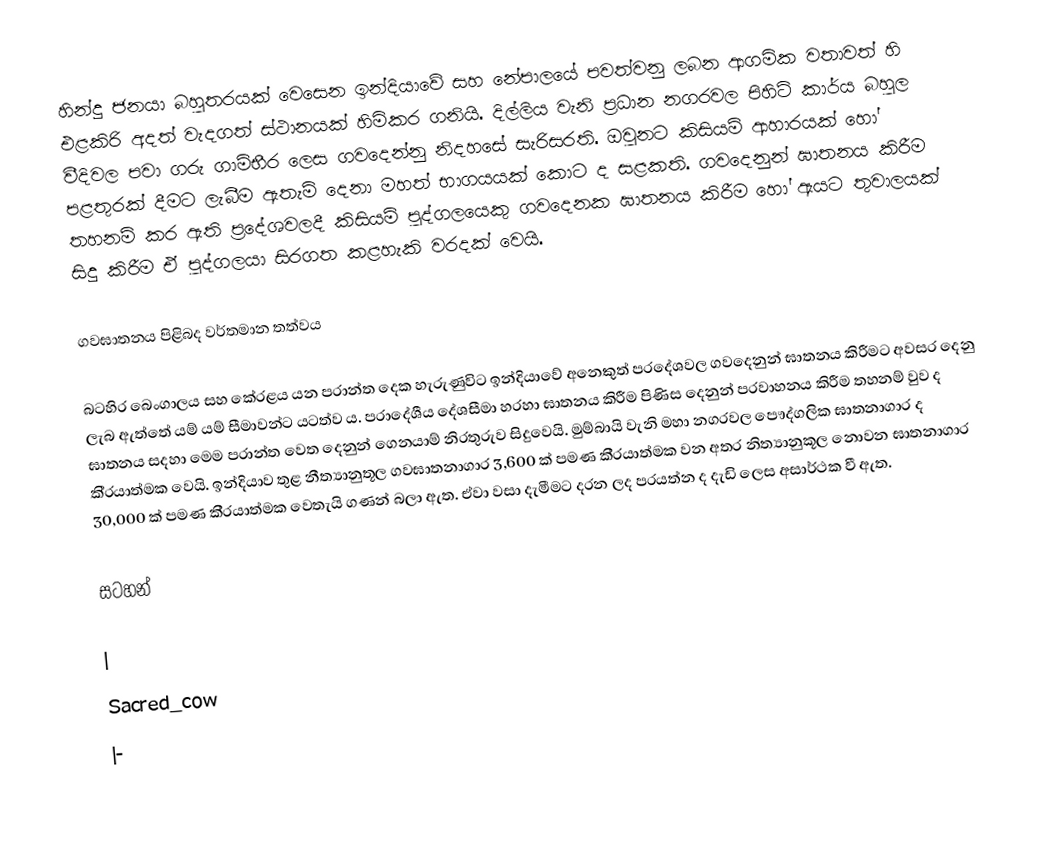
හින්දු ජනයා බහුතරයක් වෙසෙන ඉන්දියාවේ සහ නේපාලයේ පවත්වනු ලබන ආගමික වතාවත් හි එළකිරි අදත් වැදගත් ස්ථානයක් හිමිකර ගනියි. දිල්ලිය වැනි ප‍්‍රධාන නගරවල පිහිටි කාර්ය බහුල වීදිවල පවා ගරු ගාම්භීර ලෙස ගවදෙන්නු නිදහසේ සැරිසරති. ඔවුනට කිසියම් ආහාරයක් හෝ පළතුරක් දීමට ලැබීම ඇතැම් දෙනා මහත් භාගයයක් කොට ද සළකති. ගවදෙනුන් ඝාතනය කිරීම තහනම් කර ඇති ප‍්‍රදේශවලදී කිසියම් පුද්ගලයෙකු ගවදෙනක ඝාතනය කිරීම හෝ ඇයට තුවාලයක් සිදු කිරීම ඒ පුද්ගලයා සිරගත කළහැකි වරදක් වෙයි.

ගවඝාතනය පිළිබද වර්තමාන තත්වය

බටහිර බෙංගාලය සහ කේරළය යන ප‍්‍රාන්ත දෙක හැරුණුවිට ඉන්දියාවේ අනෙකුත් ප‍්‍රදේශවල ගවදෙනුන් ඝාතනය කිරීමට අවසර දෙනු ලැබ ඇත්තේ යම් යම් සීමාවන්ට යටත්ව ය. ප‍්‍රාදේශීය දේශසීමා හරහා ඝාතනය කිරීම පිණිස දෙනුන් ප‍්‍රවාහනය කිරීම තහනම් වුව ද ඝාතනය සදහා මෙම ප‍්‍රාන්ත වෙත දෙනුන් ගෙනයාම් නිරතුරුව සිදුවෙයි. මුම්බායි වැනි මහා නගරවල පෞද්ගලික ඝාතනාගාර ද කි‍්‍රයාත්මක වෙයි. ඉන්දියාව තුළ නීත්‍යානුතූල ගවඝාතනාගාර 3,600 ක් පමණ කි‍්‍රයාත්මක වන අතර නිත්‍යානුකූල නොවන ඝාතනාගාර 30,000 ක් පමණ කි‍්‍රයාත්මක වෙතැයි ගණන් බලා ඇත. ඒවා වසා දැමීමට දරන ලද ප‍්‍රයත්න ද දැඩි ලෙස අසාර්ථක වී ඇත.

සටහන්

|
Sacred_cow
|-